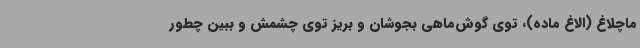
ماچلاغ (الاغ ماده)، توی گوش‌ماهی بجوشان و بریز توی چشمش و ببین چطور